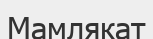
Мамлякат